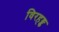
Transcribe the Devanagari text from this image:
विरहङ्क